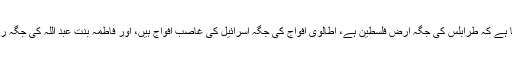
فرق صرف اتنا ہے کہ طرابلس کی جگہ ارضِ فلسطین ہے، اطالوی افواج کی جگہ اسرائیل کی غاصب افواج ہیں، اور فاطمہ بنت عبد اللہ کی جگہ رزان النجار ہے۔